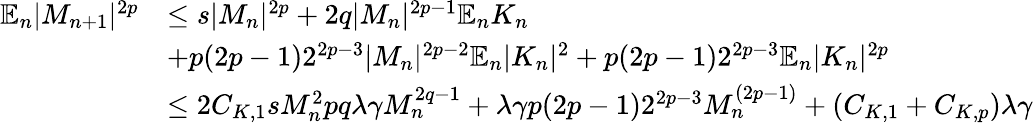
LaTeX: \begin{array}{rl}{\mathbb{E}_{n}|M_{n+1}|^{2p}}&{\leq s|M_{n}|^{2p}+2q|M_{n}|^{2p-1}\mathbb{E}_{n}K_{n}}\\ &{+p(2p-1)2^{2p-3}|M_{n}|^{2p-2}\mathbb{E}_{n}|K_{n}|^{2}+p(2p-1)2^{2p-3}\mathbb{E}_{n}|K_{n}|^{2p}}\\ &{\leq 2C_{K,1}sM_{n}^{2}pq\lambda\gamma M_{n}^{2q-1}+\lambda\gamma p(2p-1)2^{2p-3}M_{n}^{(2p-1)}+(C_{K,1}+C_{K,p})\lambda\gamma}\end{array}